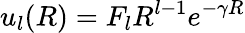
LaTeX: u_{l}(R)=F_{l}R^{l-1}e^{-\gamma R}